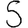
Digit: 5